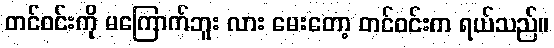
တင်ဝင်းကို မကြောက်ဘူး လား မေးတော့ တင်ဝင်းက ရယ်သည်။